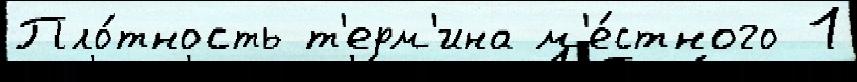
Пло́тность т'ерм'ина м'е́стного 1